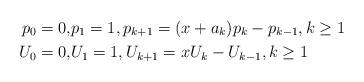
LaTeX: \begin{align*}p_{0}=0, &p_1=1, p_{k+1}=(x+a_k)p_k-p_{k-1}, k\geq 1\\U_{0}=0, &U_1=1, U_{k+1}=xU_k-U_{k-1}, k\geq 1\end{align*}